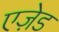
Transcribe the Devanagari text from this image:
एज़ेड